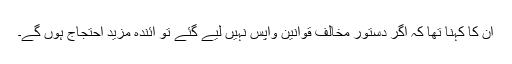
ان کا کہنا تھا کہ اگر دستور مخالف قوانین واپس نہیں لیے گئے تو آئندہ مزید احتجاج ہوں گے۔